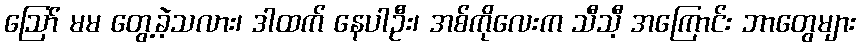
ဪ မမ တွေ့ခဲ့သလား၊ ဒါထက် နေပါဦး၊ အစ်ကိုလေးက သီသီ့ အကြောင်း ဘာတွေများ